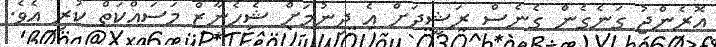
އޮރެންޖު ގަނެގެން ގެނެސް ރަޝީދަށް އެ ދިނުމަށް ޝެހެނާޒް މަސައްކަތް ކުރި އެވެ.